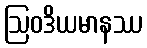
ဩဝဒိယမာနဿ